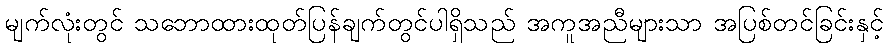
မျက်လုံးတွင် သဘောထားထုတ်ပြန်ချက်တွင်ပါရှိသည် အကူအညီများသာ အပြစ်တင်ခြင်းနှင့်